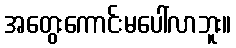
အတွေးကောင်းမပေါ်လာဘူး။